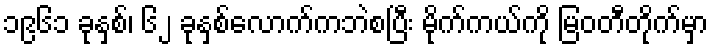
၁၉၆၁ ခုနှစ်၊ ၆၂ ခုနှစ်လောက်ကဘဲစပြီး မိုက်ကယ်ကို မြဝတီတိုက်မှာ